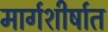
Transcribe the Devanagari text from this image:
मार्गशीर्षात